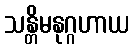
သန္တိမနုဂ္ဂဟာယ